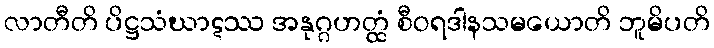
လာတီတိ ပိဋ္ဌသံဃာဋဿ အနုဂ္ဂဟတ္ထံ စီဝရဒါနသမယောတိ ဘူမိပတိ